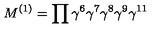
M ^ { ( 1 ) } = \prod \gamma ^ { 6 } \gamma ^ { 7 } \gamma ^ { 8 } \gamma ^ { 9 } \gamma ^ { 1 1 }